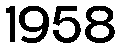
1958